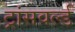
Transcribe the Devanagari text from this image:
ट्रांसवर्ल्ड